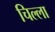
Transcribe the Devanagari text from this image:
चिल्‍ला